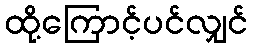
ထို့ကြောင့်ပင်လျှင်